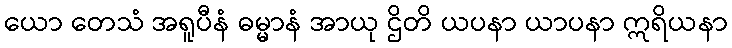
ယော တေသံ အရူပီနံ ဓမ္မာနံ အာယု ဌိတိ ယပနာ ယာပနာ ဣရိယနာ